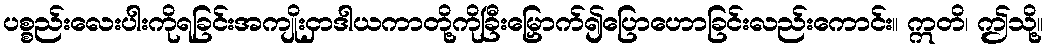
ပစ္စည်းလေးပါးကိုရခြင်းအကျိုးငှာဒါယကာတို့ကိုခြီးမြှောက်၍ပြောဟောခြင်းလည်းကောင်း။ ဣတိ၊ ဤသို့။